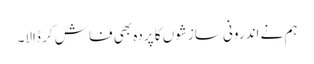
ہم نے اندرونی سازشوں کا پردہ بھی فاش کر ڈالا۔